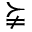
\succneqq